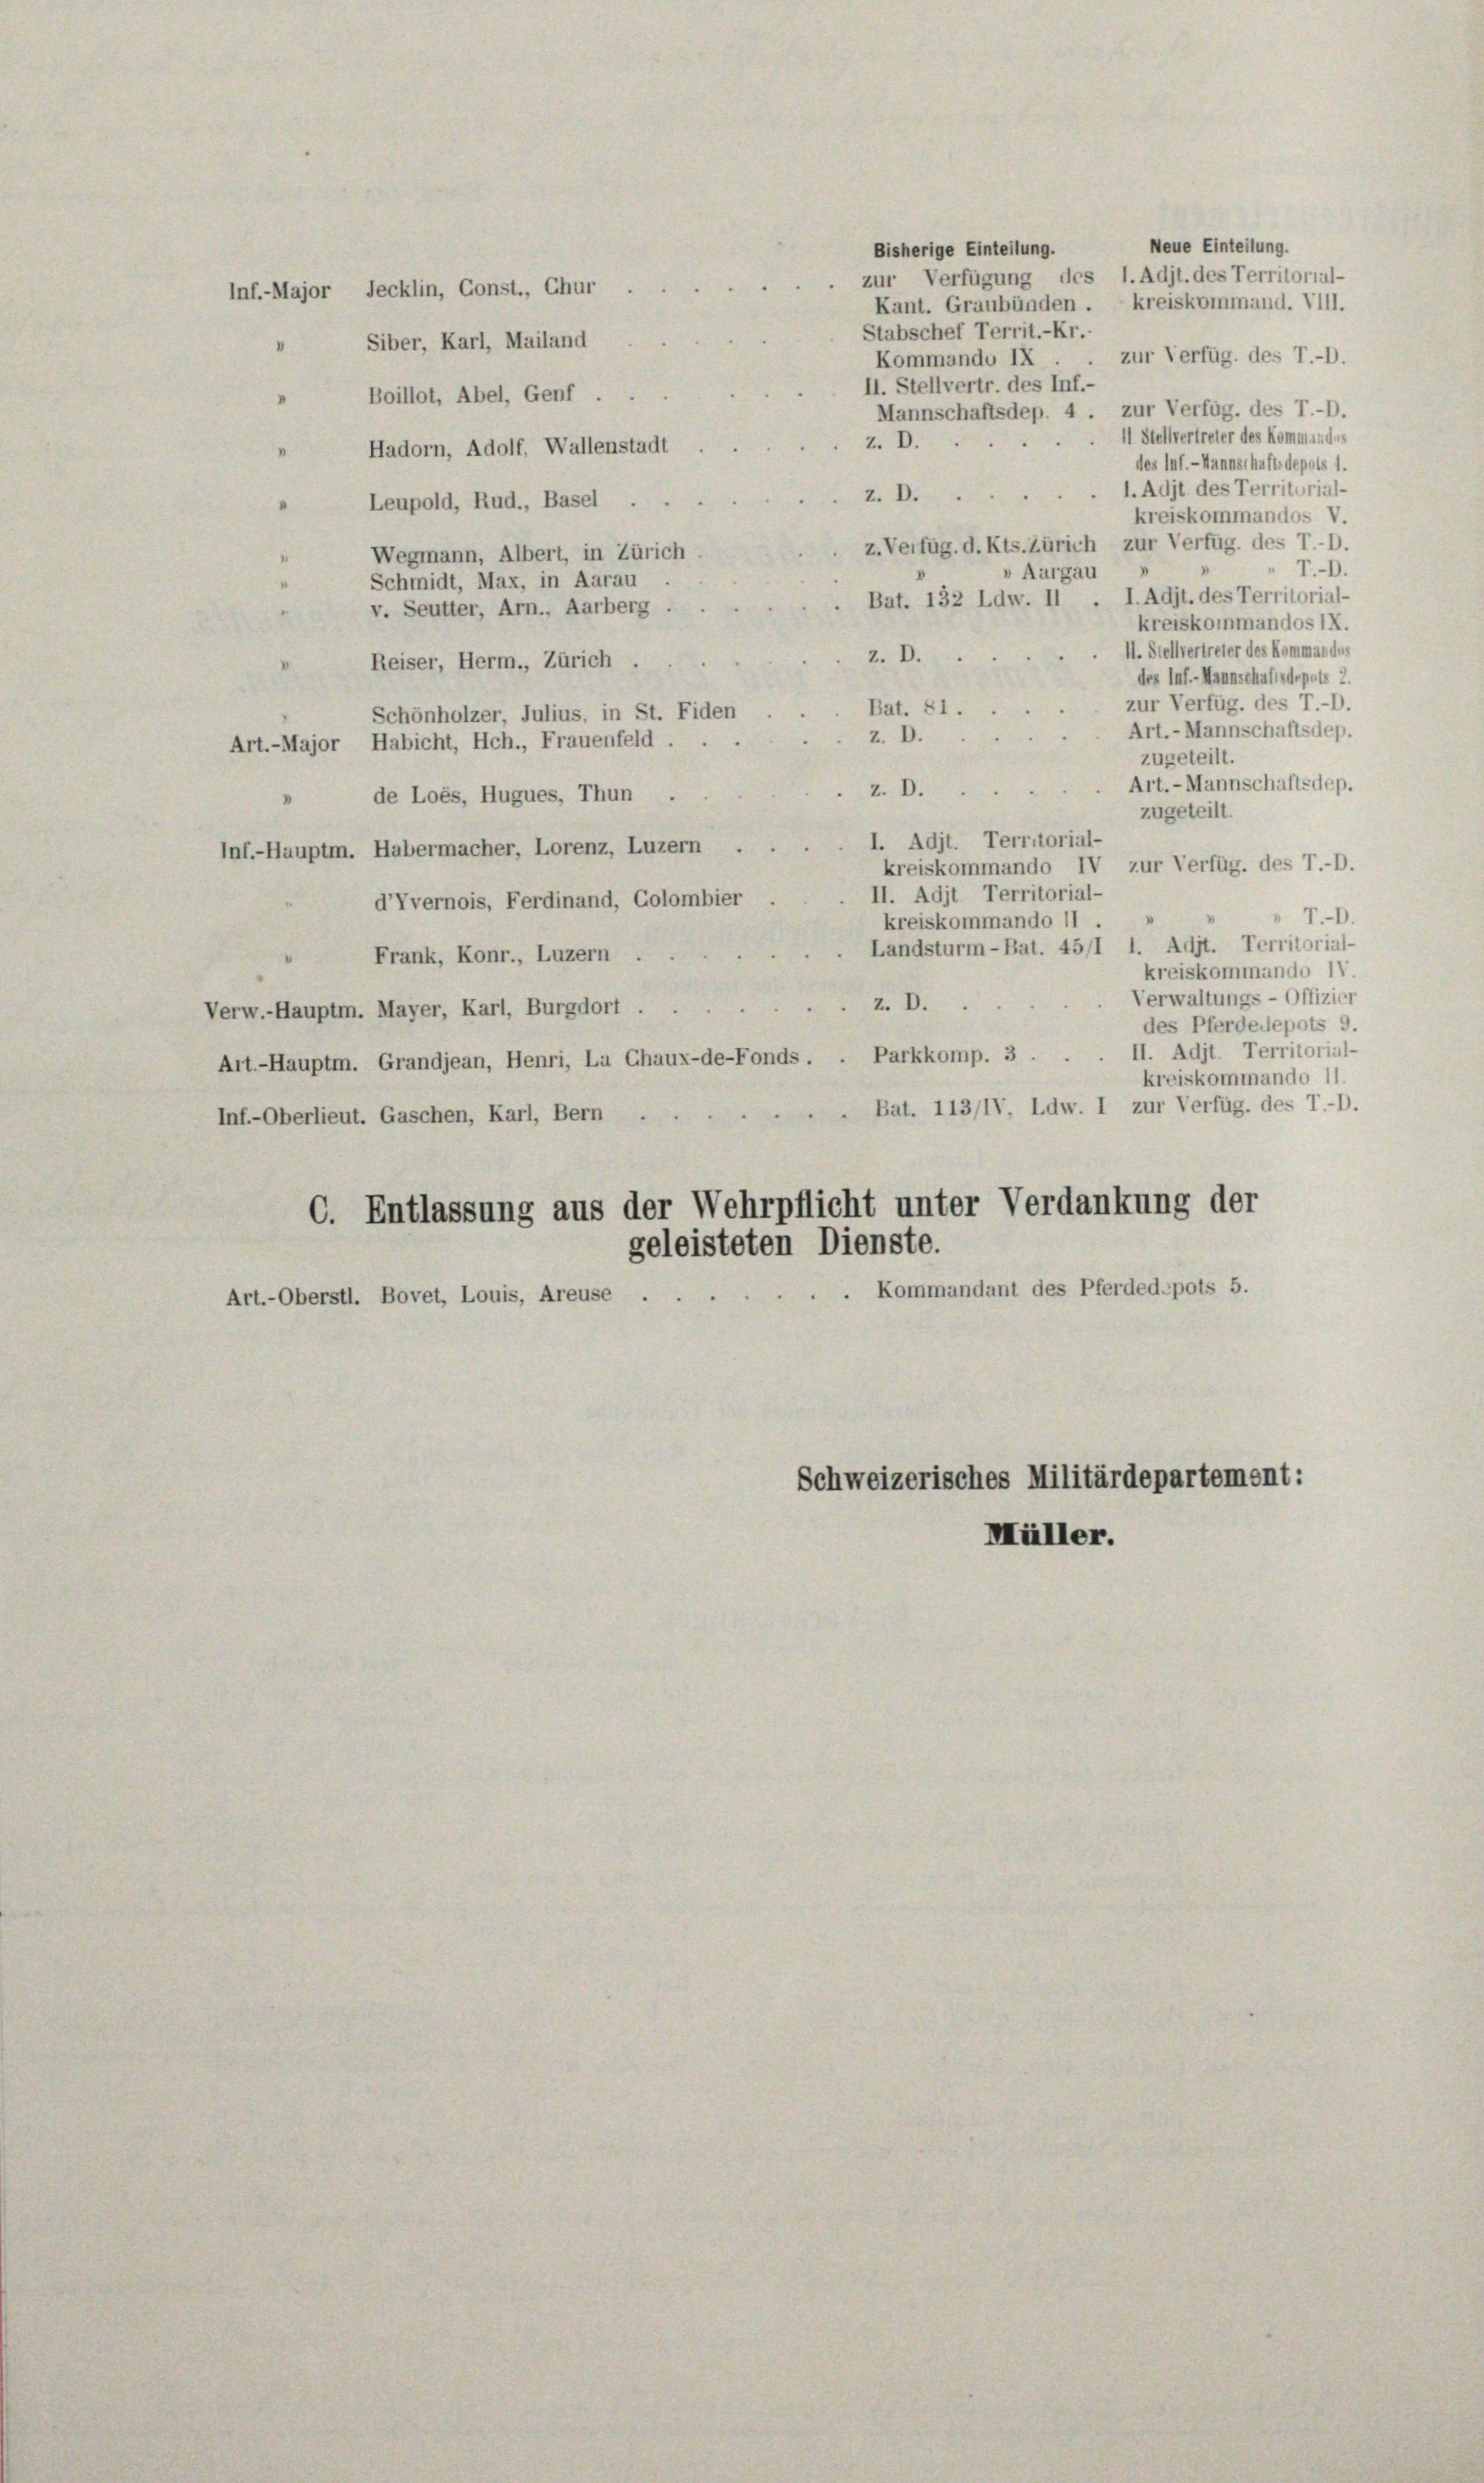
V.

Boillot, Abel, Genf.
.
Mannschaftsdep. 4 . zur Verfüg, des T.-D.
11 Stellvertreter des Kommandes
z. D.
Hadorn, Adolf, Wallenstadt
des luf.- Mannschafts depots 1.
l. Adit des Territorial-
z. D.
Leupold, Rud., Basel
kreiskommandos V.
z. Verfüg. d. Kts. Zürich zur Verfüg, des T.D.
Wegmann, Albert, in Zürich
 T.D.
» Aargau
Schmidt, Max, in Aarau
I. Adjt. des Territorial-
Bat. 132 Ldw. II
v. Seutter, Arn., Aarberg
kreiskommandos IX.
II. Stellvertreter des Kommandes
z. D.
Reiser, Herm., Zürich.
der Inf.-Mannschaftsdepuis 2.
zur Verfüg, des T.-O.
Bat. 81.
Schönholzer, Julius, in St. Fiden
Art.- Mannschaftsdep.
z. D.
Art.-Major Habicht, Hch., Frauenfeld . .
zugeteilt.
Art. Mannschaftsdep.
z. D.
de Loès, Hugues, Thun
zugeteilt.
I. Adit. Territorial-
Inf.-Hauptm. Habermacher, Lorenz, Luzern .
kreiskommando IV zur Verfüg, des T.-D.
II. Adit. Territorial-
d’Vvernois, Ferdinand, Golombier
 T.D.
kreiskommando II.
Landsturm-Bat. 45/1 1. Adjt. Territorial-
Frank, Konr., Luzern .
kreiskommando 14.
Verwaltungs-Offizier
z. D.
erw.-Hauptm. Mayer, Karl, Burgdort ...
des Pferdedepots 9.
Art. - Hauptm. Grandjean, Henri, La Chaux-de-Fonds . . Parkkomp. 3 . . . II. Adjt. Territorial-
kreiskommando 11.
 Bat. 113/1V, Ldw. I zur Verfüg, des T.-O.
Inf.-Oberlieut. Gaschen, Karl, Bern
C. Entlassung aus der Wehrpflicht unter Verdankung der
geleisteten Dienste.
Kommandant des Pferded-pots 5.
Art.-Oberstl. Bovet, Louis, Areuse .

Inf.-Major Jecklin, Const., Chur
Siber, Karl, Mailand

Schweizerisches Militärdepartement:
Müller.

Neue Einteilung.
Bisherige Einteilung.
zur Verfügung des I. Adjt. des Territorial-
Kant. Graubünden . kreiskommand. VIII.
Stabschef Territ.-Kr.-
zur Verfüg. des T.-O.
Kommando IX
II. Stellvertr. des Inf.-